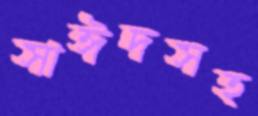
সাঈদসহ